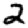
Digit: 2